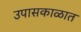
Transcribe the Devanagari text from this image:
उपासकाळात